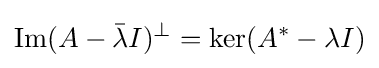
\operatorname {Im} (A-{\bar {\lambda }}I)^{\perp }=\ker(A^{*}-\lambda I)